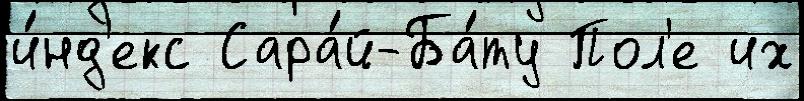
и́нд'екс Сара́й-Ба́ту Пол'е их